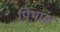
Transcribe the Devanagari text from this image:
पिथारू